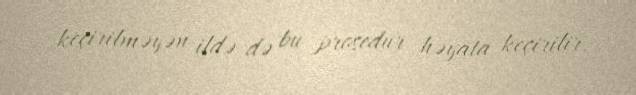
keçirilməyən ildə də bu prosedur həyata keçirilir.